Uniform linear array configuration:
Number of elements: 24
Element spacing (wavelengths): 0.75
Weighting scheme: hamming
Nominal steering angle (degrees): -60
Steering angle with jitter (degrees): -61.365
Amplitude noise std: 0.05
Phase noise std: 0.05

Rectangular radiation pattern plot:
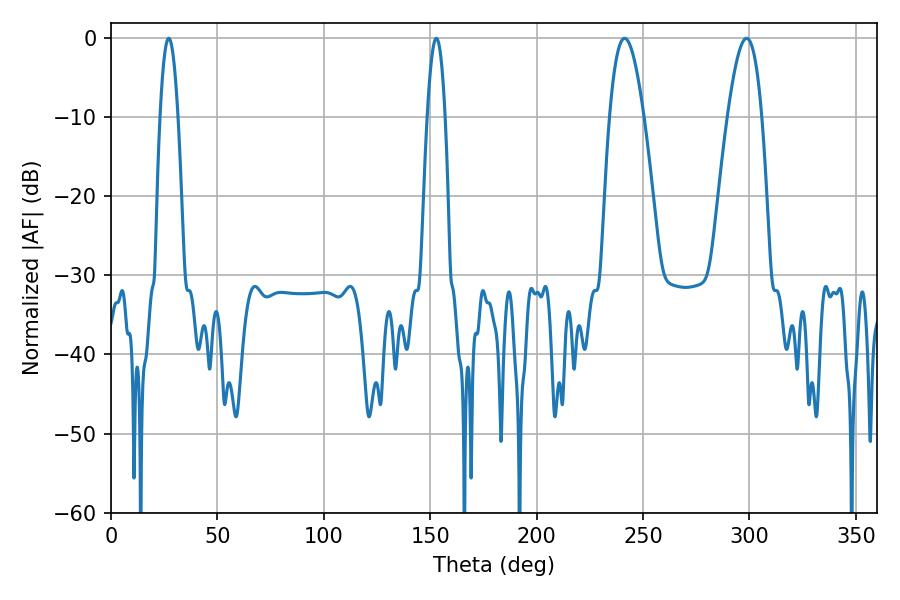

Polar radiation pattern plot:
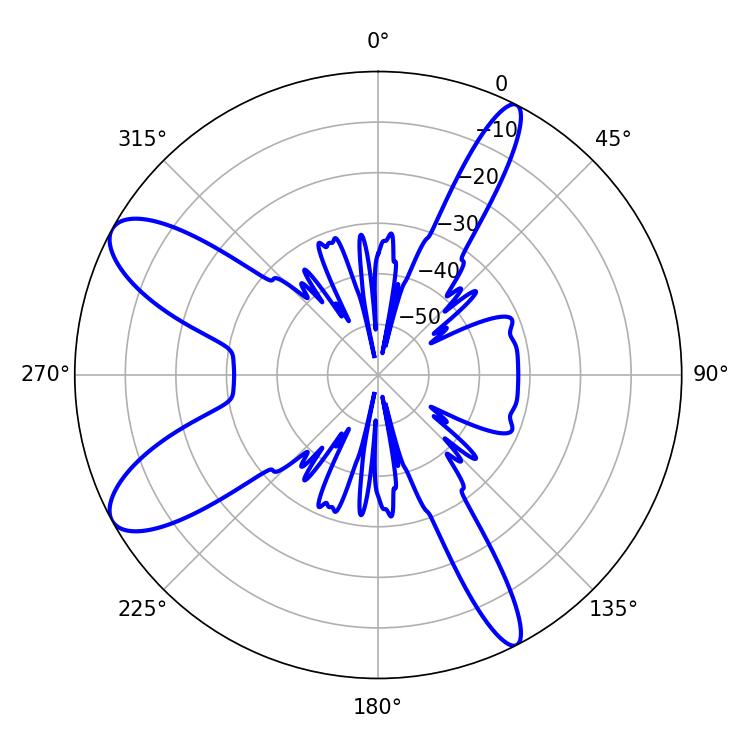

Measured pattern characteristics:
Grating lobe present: TRUE
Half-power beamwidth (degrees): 8.82
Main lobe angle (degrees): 241.38